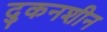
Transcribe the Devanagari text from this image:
दुकनशीन